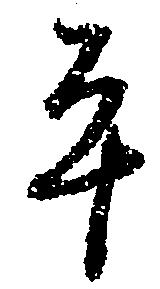
平